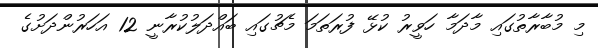
މި މުބާރާތުގައި މާދަމާ ހަވީރު ކުޅޭ ފުރަތަމަ މެޗުގައި ބައްދަލުކުރާނީ 12 އަހަރުންދަށުގެ